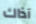
آذاك